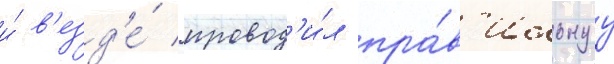
и́ в'езд'е́ провод'и́л пра́в'ильнуу